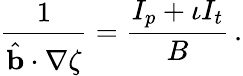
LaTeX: \frac{1}{\hat{\mathbf{b}}\cdot\nabla\zeta}=\frac{I_{p}+\iota I_{t}}{B}\, .